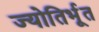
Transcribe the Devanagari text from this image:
ज्योतिर्भूत